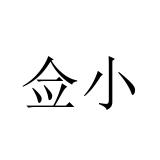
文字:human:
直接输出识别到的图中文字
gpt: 佥小